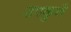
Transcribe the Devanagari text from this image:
उपकुले